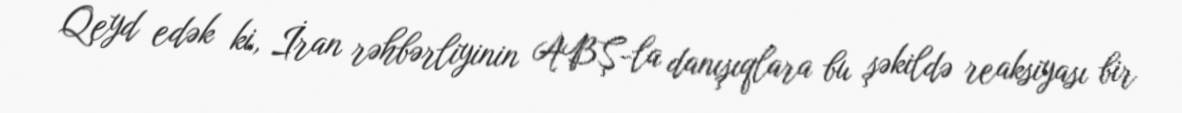
Qeyd edək ki, İran rəhbərliyinin ABŞ-la danışıqlara bu şəkildə reaksiyası bir